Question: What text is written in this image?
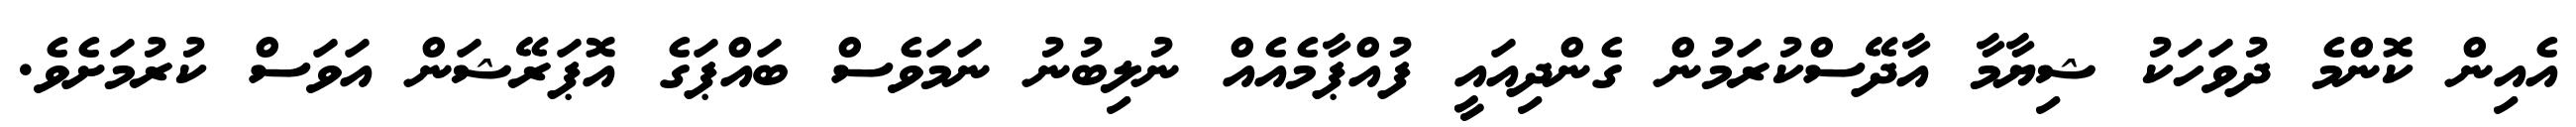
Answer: އެއިން ކޮންމެ ދުވަހަކު ޝިޔާމާ އާދޭސްކުރަމުން ގެންދިއައީ ފުއްޕާމެއެއް ނުލިބުނު ނަމަވެސް ބައްޕަގެ އޮޕަރޭޝަން އަވަސް ކުރުމަށެވެ.